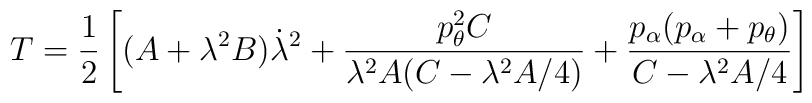
T=\frac{1}{2}\left[(A+\lambda^{2}B)\dot{\lambda}^{2}+\frac{p_{\theta}^{2}C}{\lambda^{2}A(C-\lambda^{2}A/4)}+\frac{p_{\alpha}(p_{\alpha}+p_{\theta})}{C-\lambda^{2}A/4}\right]